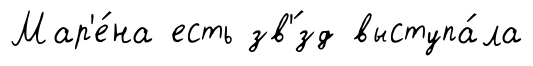
Мар'е́на есть зв'́зд выступа́ла